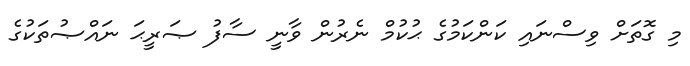
މި ގޮތަށް ވިސްނައި ކަންކަމުގެ ޙުކުމް ނެރުން ވާނީ ސާފު ޞަރީޙަ ނައްޞުތަކުގެ